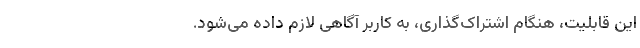
این قابلیت، هنگام اشتراک‌گذاری، به کاربر آگاهی لازم داده می‌شود.